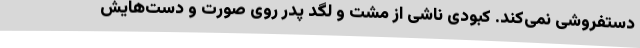
دستفروشی نمی‌کند. کبودی ناشی از مشت و لگد پدر روی صورت و دست‌هایش